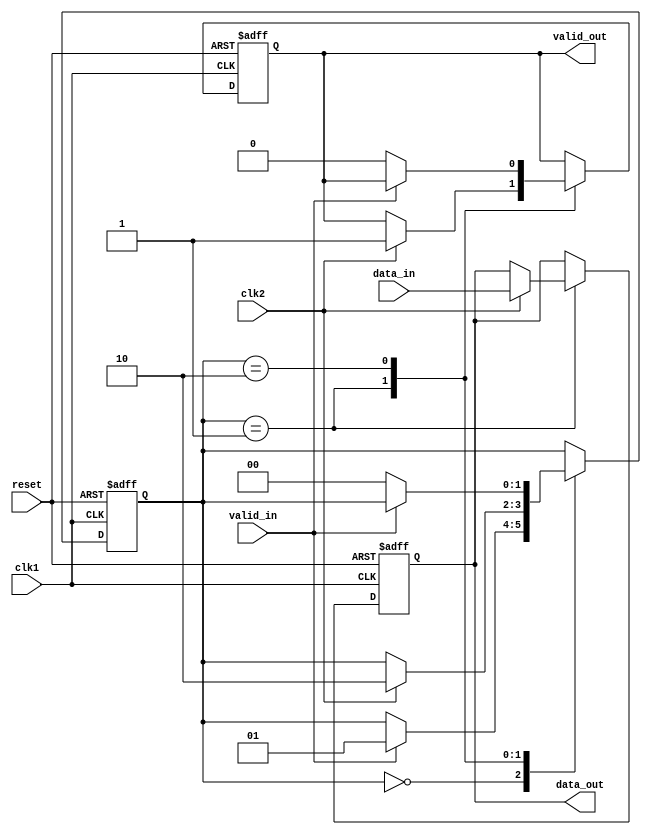
module synchronizer (
    input wire clk1,  // clock signal of domain 1
    input wire clk2,  // clock signal of domain 2
    input wire reset, // reset signal
    
    input wire data_in,          // input data signal
    input wire valid_in,         // input valid signal
    output reg data_out,         // output data signal
    output reg valid_out         // output valid signal
);

reg [1:0] state;

always @ (posedge clk1 or posedge reset) begin
    if (reset) begin
        state <= 2'b00; // reset state
        data_out <= 1'b0;
        valid_out <= 1'b0;
    end else begin
        case (state)
            2'b00: begin // idle state
                if (valid_in) begin
                    state <= 2'b01; // wait state
                end
            end
            2'b01: begin // wait state
                if (clk2) begin
                    data_out <= data_in;
                    valid_out <= 1'b1;
                    state <= 2'b10; // transfer state
                end
            end
            2'b10: begin // transfer state
                if (!valid_in) begin
                    valid_out <= 1'b0;
                    state <= 2'b00; // idle state
                end
            end
        endcase
    end
end

endmodule